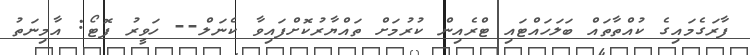
ފާރަގެމައިގެ ކުއްތާތައް ބަލަހައްޓައި ޓްރެއިން ކުރުމަށް ތައްޔާރުކޮށްފައިވާ ކެނަލް-- ހަވީރު ފޮޓޯ: އާމިނަތު